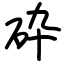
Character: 砕